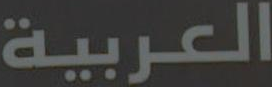
العربية